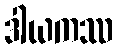
ဒါယကဿ